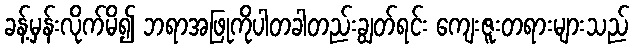
ခန့်မှန်းလိုက်မိ၍ ဘရာအဖြုကိုပါတခါတည်းချွတ်ရင်း ကျေးဇူးတရားများသည်